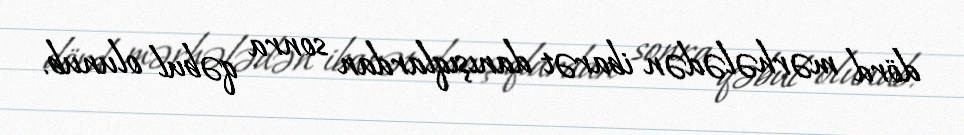
dörd mərhələdən ibarət danışıqlardan sonra qəbul olunub.